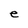
Character: e